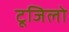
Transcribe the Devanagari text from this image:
टूजिलो